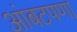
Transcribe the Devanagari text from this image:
आंबटपणा